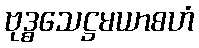
ဗုဒ္ဓသေဋ္ဌမယာစဟံ